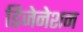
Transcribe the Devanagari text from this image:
डिजेनेशन